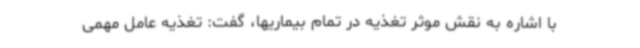
با اشاره به نقش موثر تغذیه در تمام بیماریها، گفت: تغذیه عامل مهمی